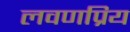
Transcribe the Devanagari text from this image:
लवणप्रिय